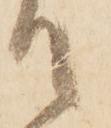
て